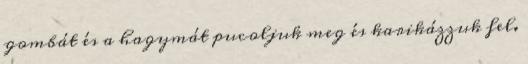
gombát és a hagymát pucoljuk meg és karikázzuk fel.